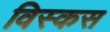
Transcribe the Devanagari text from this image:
विस्कस